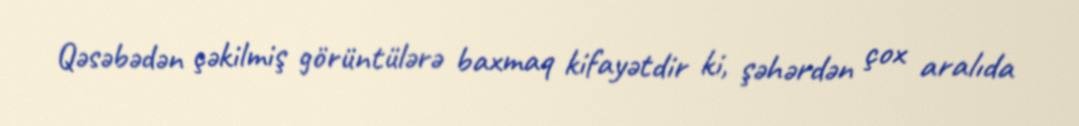
Qəsəbədən çəkilmiş görüntülərə baxmaq kifayətdir ki, şəhərdən çox aralıda